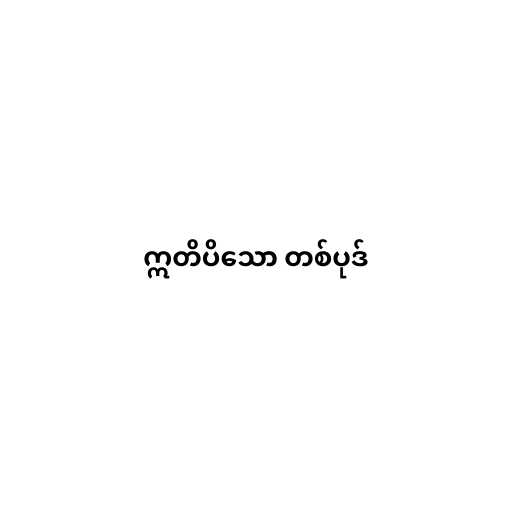
ဣတိပိသော တစ်ပုဒ်